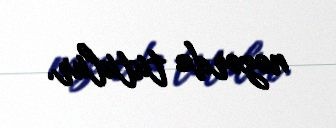
nəzərdə tutulur.